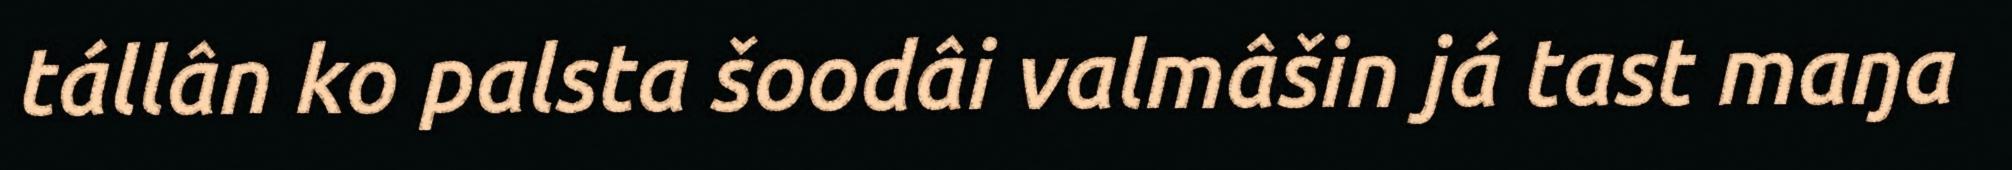
tállân ko palsta šoodâi valmâšin já tast maŋa